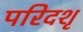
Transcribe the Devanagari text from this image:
परिदशृ